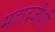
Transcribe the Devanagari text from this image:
महादजीशी